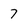
Character: 7